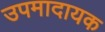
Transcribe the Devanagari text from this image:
उपमादायक